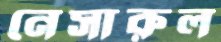
নেসারুল